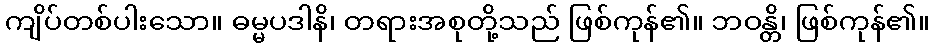
ကျိပ်တစ်ပါးသော။ ဓမ္မပဒါနိ၊ တရားအစုတို့သည် ဖြစ်ကုန်၏။ ဘဝန္တိ၊ ဖြစ်ကုန်၏။